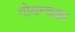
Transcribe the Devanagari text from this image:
गोयन्‍दका